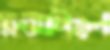
সম্‌ঝাচ্ছিল